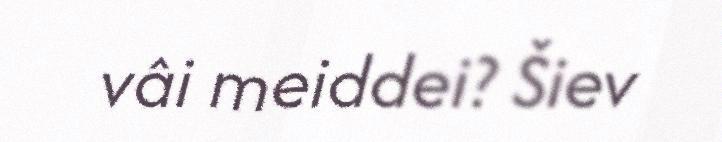
vâi meiddei? Šiev